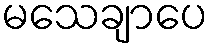
မသေချာပေ